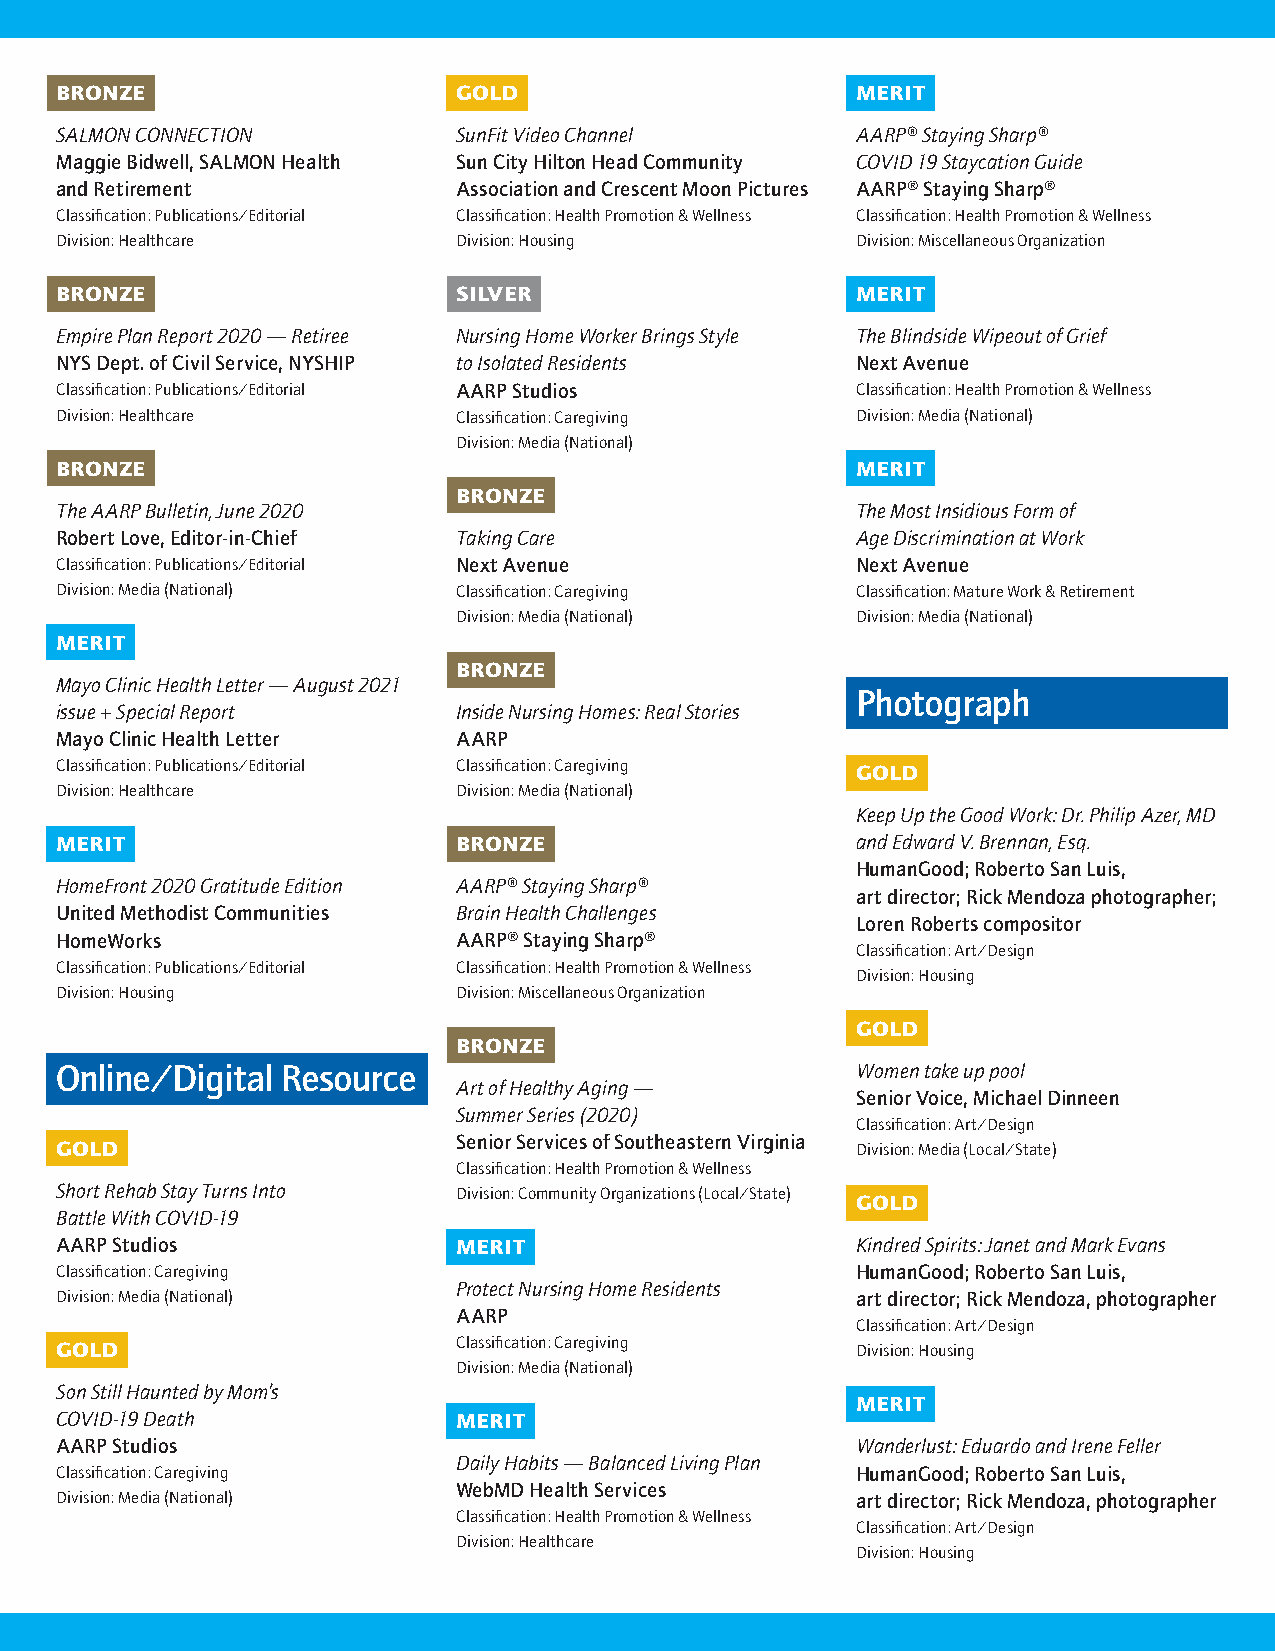
BRONZE                    GOLD                       MERIT
 SALMON CONNECTION         SunFit Video Channel       AARP® Staying Sharp®
 Maggie Bidwell, SALMON Health Sun City Hilton Head Community COVID 19 Staycation Guide
 and Retirement            Association and Crescent Moon Pictures AARP® Staying Sharp®
 Classification: Publications/Editorial Classification: Health Promotion & Wellness Classification: Health Promotion & Wellness
 Division: Healthcare      Division: Housing          Division: Miscellaneous Organization
 BRONZE                    SILVER                     MERIT
 Empire Plan Report 2020 — Retiree Nursing Home Worker Brings Style The Blindside Wipeout of Grief
 NYS Dept. of Civil Service, NYSHIP to Isolated Residents Next Avenue
 Classification: Publications/Editorial AARP Studios  Classification: Health Promotion & Wellness
 Division: Healthcare      Classification: Caregiving Division: Media (National)
 Division: Media (National)
 BRONZE                                               MERIT
 BRONZE
 The AARP Bulletin, June 2020                         The Most Insidious Form of
 Robert Love, Editor-in-Chief Taking Care             Age Discrimination at Work
 Classification: Publications/Editorial Next Avenue   Next Avenue
 Division: Media (National) Classification: Caregiving Classification: Mature Work & Retirement
 Division: Media (National) Division: Media (National)
 MERIT
 BRONZE
 Mayo Clinic Health Letter — August 2021
 Photograph
 issue + Special Report    Inside Nursing Homes: Real Stories
 Mayo Clinic Health Letter AARP
 Classification: Publications/Editorial Classification: Caregiving GOLD
 Division: Healthcare      Division: Media (National)
 Keep Up the Good Work: Dr. Philip Azer, MD
 MERIT                     BRONZE                     and Edward V. Brennan, Esq.
 HumanGood; Roberto San Luis,
 HomeFront 2020 Gratitude Edition AARP® Staying Sharp®
 art director; Rick Mendoza photographer;
 United Methodist Communities Brain Health Challenges
 Loren Roberts compositor
 HomeWorks                 AARP® Staying Sharp®
 Classification: Art/Design
 Classification: Publications/Editorial Classification: Health Promotion & Wellness
 Division: Housing
 Division: Housing         Division: Miscellaneous Organization
 GOLD
 BRONZE
 Online/Digital Resource                              Women take up pool
 Art of Healthy Aging —
 Senior Voice, Michael Dinneen
 Summer Series (2020)
 Classification: Art/Design
 Senior Services of Southeastern Virginia
 GOLD                                                 Division: Media (Local/State)
 Classification: Health Promotion & Wellness
 Short Rehab Stay Turns Into Division: Community Organizations (Local/State)
 GOLD
 Battle With COVID-19
 AARP Studios              MERIT                      Kindred Spirits: Janet and Mark Evans
 Classification: Caregiving                           HumanGood; Roberto San Luis,
 Protect Nursing Home Residents
 Division: Media (National)                           art director; Rick Mendoza, photographer
 AARP
 Classification: Art/Design
 GOLD                      Classification: Caregiving Division: Housing
 Division: Media (National)
 Son Still Haunted by Mom’s
 MERIT
 COVID-19 Death            MERIT
 AARP Studios                                         Wanderlust: Eduardo and Irene Feller
 Daily Habits — Balanced Living Plan
 Classification: Caregiving                           HumanGood; Roberto San Luis,
 WebMD Health Services
 Division: Media (National)                           art director; Rick Mendoza, photographer
 Classification: Health Promotion & Wellness
 Classification: Art/Design
 Division: Healthcare
 Division: Housing